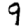
Digit: 9